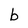
Character: b